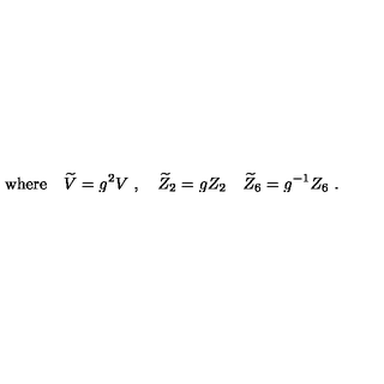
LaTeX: \mathrm { w h e r e } \quad { \widetilde V } = g ^ { 2 } V \ , \quad { \widetilde Z } _ { 2 } = g Z _ { 2 } \quad { \widetilde Z } _ { 6 } = g ^ { - 1 } Z _ { 6 } \ .